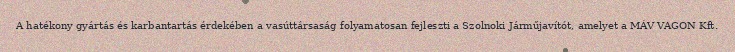
A hatékony gyártás és karbantartás érdekében a vasúttársaság folyamatosan fejleszti a Szolnoki Járműjavítót, amelyet a MÁV VAGON Kft.